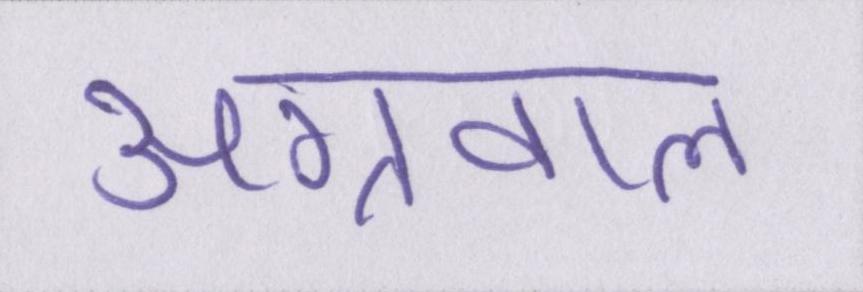
अग्रवाल